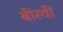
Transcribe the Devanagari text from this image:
बीस्वीं